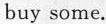
buy some.